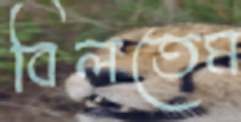
বিলতেম